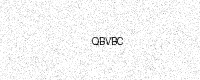
Text: QBVBC